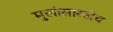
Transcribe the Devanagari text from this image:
मुलांसारखेच